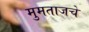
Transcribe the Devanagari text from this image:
मुमताजचे